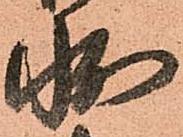
状